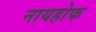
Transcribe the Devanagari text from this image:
नायहोफ